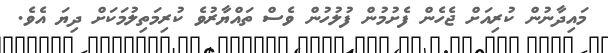
މައިދާނުން ކުރިއަށް ޖެހެން ފެށުމުން ފުލުހުން ވެސް ތައްޔާރުވެ ކުރިމަތިލުމަކަށް ދިޔަ އެވެ.